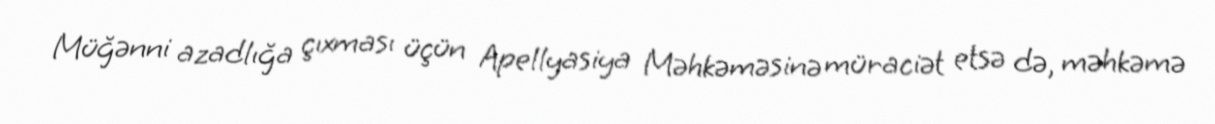
Müğənni azadlığa çıxması üçün Apellyasiya Məhkəməsinə müraciət etsə də, məhkəmə